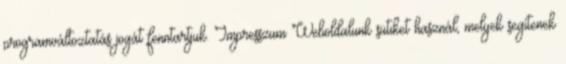
programváltoztatás jogát fenntartjuk. Impresszum Weboldalunk sütiket használ, melyek segítenek